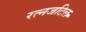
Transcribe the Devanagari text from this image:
रत्नजटिल